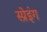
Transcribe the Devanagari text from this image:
स्प्रेइंग